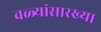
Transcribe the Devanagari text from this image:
वळ्यांसारख्या